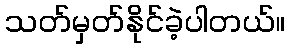
သတ်မှတ်နိုင်ခဲ့ပါတယ်။